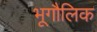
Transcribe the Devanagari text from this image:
भूगौलिक